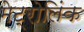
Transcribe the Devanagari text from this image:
मेट्रोलिंक